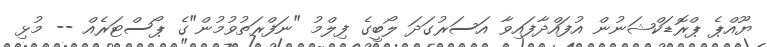
ޔޫއްޕެ ޕްރޮޑަކްޝަނުން އުފައްދާފައިވާ އަސަރުގަދަ ލޯބީގެ ފިލްމު "ނަފްރަތުވުމުން"ގެ ޕޯސްޓަރެއް -- މުޅި